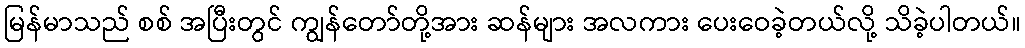
မြန်မာသည် စစ် အပြီးတွင် ကျွန်တော်တို့အား ဆန်များ အလကား ပေးဝေခဲ့တယ်လို့ သိခဲ့ပါတယ်။